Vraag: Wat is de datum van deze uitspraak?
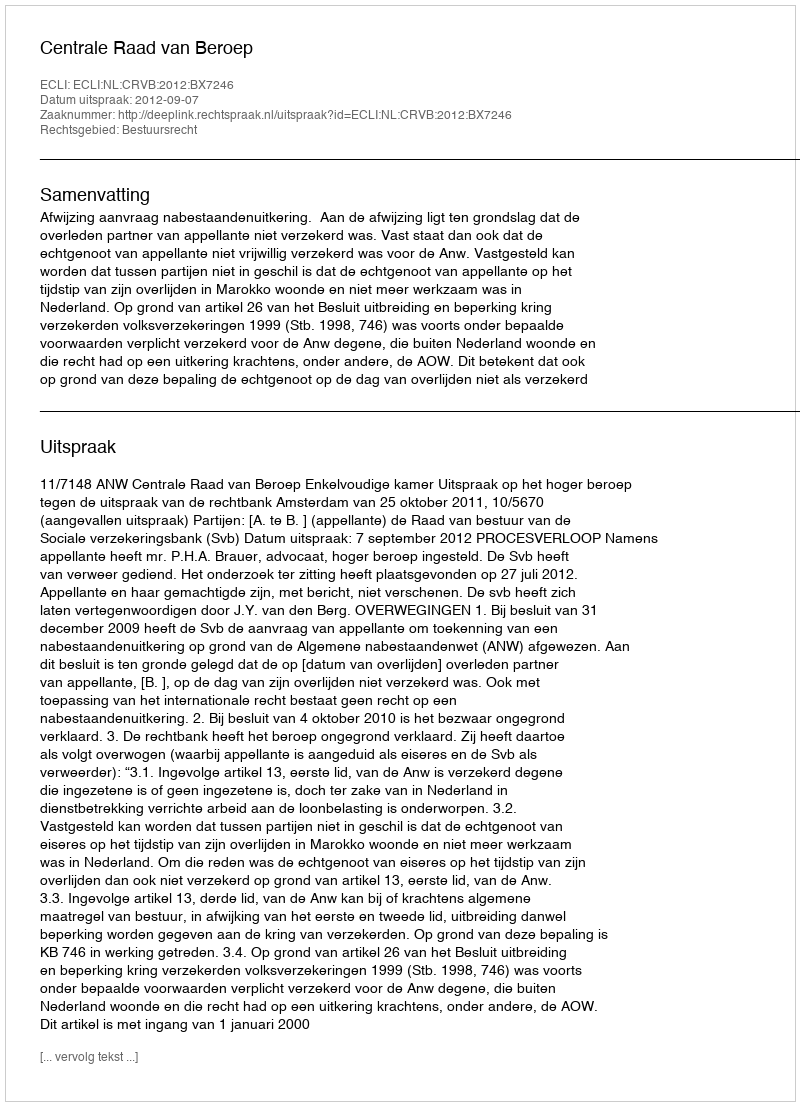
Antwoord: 2012-09-07